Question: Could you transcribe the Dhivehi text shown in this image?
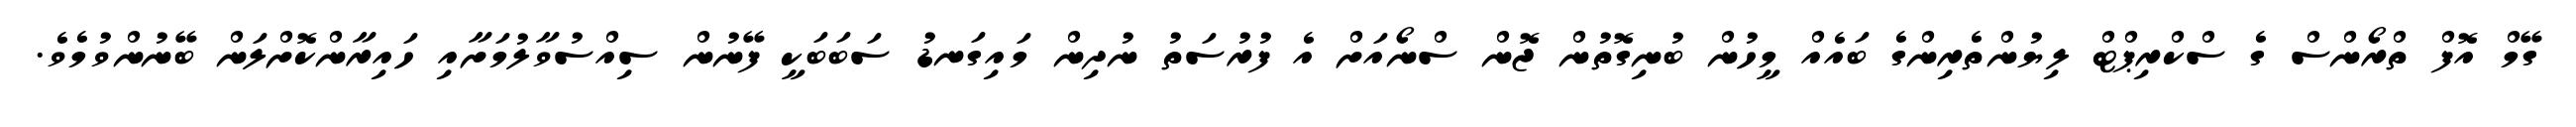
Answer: ގޭމް އޮފް ތްރޯންސް ގެ ސްކްރިޕްޓް ލިޔުންތެރިންގެ ބައެއް މީހުން ބުނިގޮތުން ޖޮން ސްނޯއަށް އެ ފުރުސަތު ނުދިން މައިގަނޑު ސަބަބަކީ ފޭނުން ސިއްސުވާލުމަށާއި ހައިރާންކޮށްލަން ބޭނުންވުމެވެ.